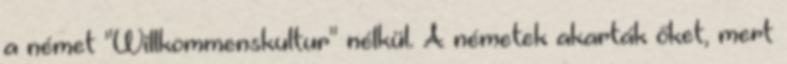
a német "Willkommenskultur" nélkül. A németek akarták őket, mert